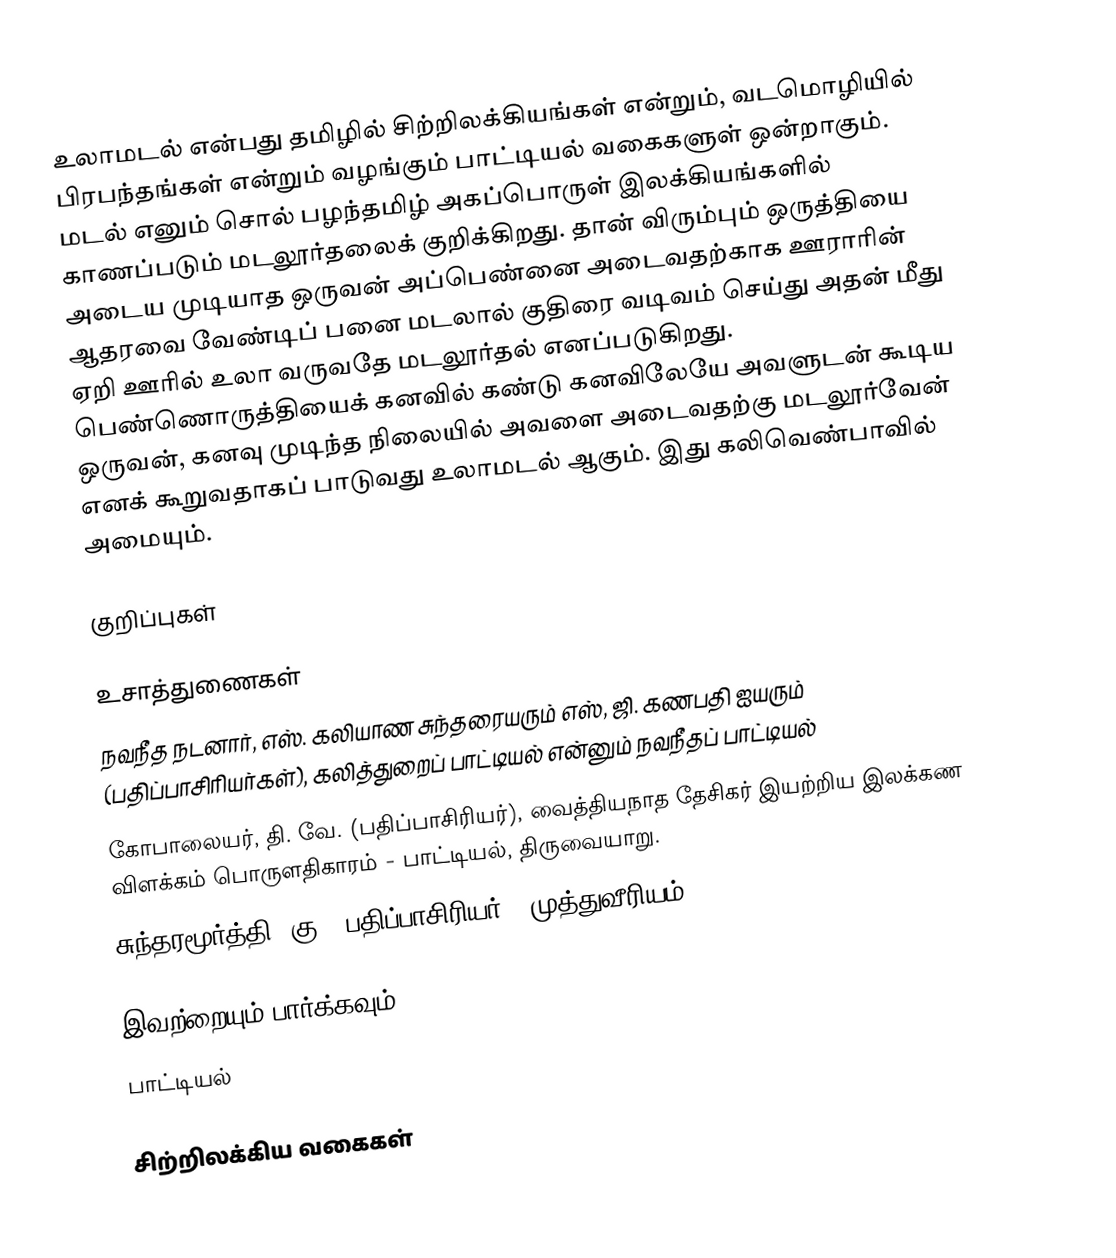
உலாமடல் என்பது தமிழில் சிற்றிலக்கியங்கள் என்றும், வடமொழியில் பிரபந்தங்கள் என்றும் வழங்கும் பாட்டியல் வகைகளுள் ஒன்றாகும். மடல் எனும் சொல் பழந்தமிழ் அகப்பொருள் இலக்கியங்களில் காணப்படும் மடலூர்தலைக் குறிக்கிறது. தான் விரும்பும் ஒருத்தியை அடைய முடியாத ஒருவன் அப்பெண்னை அடைவதற்காக ஊராரின் ஆதரவை வேண்டிப் பனை மடலால் குதிரை வடிவம் செய்து அதன் மீது ஏறி ஊரில் உலா வருவதே மடலூர்தல் எனப்படுகிறது. பெண்ணொருத்தியைக் கனவில் கண்டு கனவிலேயே அவளுடன் கூடிய ஒருவன், கனவு முடிந்த நிலையில் அவளை அடைவதற்கு மடலூர்வேன் எனக் கூறுவதாகப் பாடுவது உலாமடல் ஆகும்.  இது கலிவெண்பாவில் அமையும்.

குறிப்புகள்

உசாத்துணைகள்
 நவநீத நடனார், எஸ். கலியாண சுந்தரையரும் எஸ், ஜி. கணபதி ஐயரும் (பதிப்பாசிரியர்கள்), கலித்துறைப் பாட்டியல் என்னும் நவநீதப் பாட்டியல்
 கோபாலையர், தி. வே. (பதிப்பாசிரியர்), வைத்தியநாத தேசிகர் இயற்றிய இலக்கண விளக்கம் பொருளதிகாரம் - பாட்டியல், திருவையாறு.
 சுந்தரமூர்த்தி, கு. (பதிப்பாசிரியர்), முத்துவீரியம்

இவற்றையும் பார்க்கவும்
 பாட்டியல்

சிற்றிலக்கிய வகைகள்